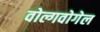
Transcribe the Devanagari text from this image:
वोल्गवोगेल